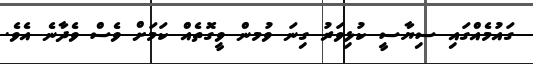
ގައުމެއްގައި ސިޔާސީ ކުޅިވަރު ގިނަ ވުމން ވީގޮތެއް ކަމަށް ވެސް ވެދާނެ އެވެ.